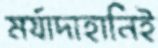
মর্যাদাহানিই